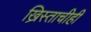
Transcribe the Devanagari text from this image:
ख्रिस्ताचीही